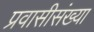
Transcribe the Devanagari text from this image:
प्रवासीसंख्या